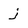
Character: j